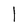
Character: l